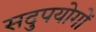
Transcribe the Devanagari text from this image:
सदुपयोगों